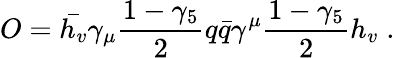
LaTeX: O=\bar{h_{v}}\gamma_{\mu}{\frac{1-\gamma_{5}}{2}}q\bar{q}\gamma^{\mu}{\frac{1-\gamma_{5}}{2}}h_{v}\; .